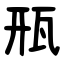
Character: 㼛